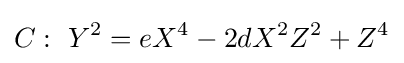
C:\ Y^{2}=eX^{4}-2dX^{2}Z^{2}+Z^{4}